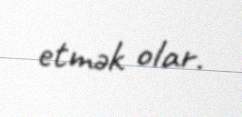
etmək olar.